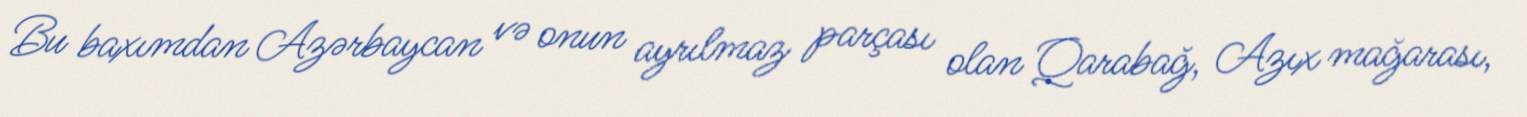
Bu baxımdan Azərbaycan və onun ayrılmaz parçası olan Qarabağ, Azıx mağarası,